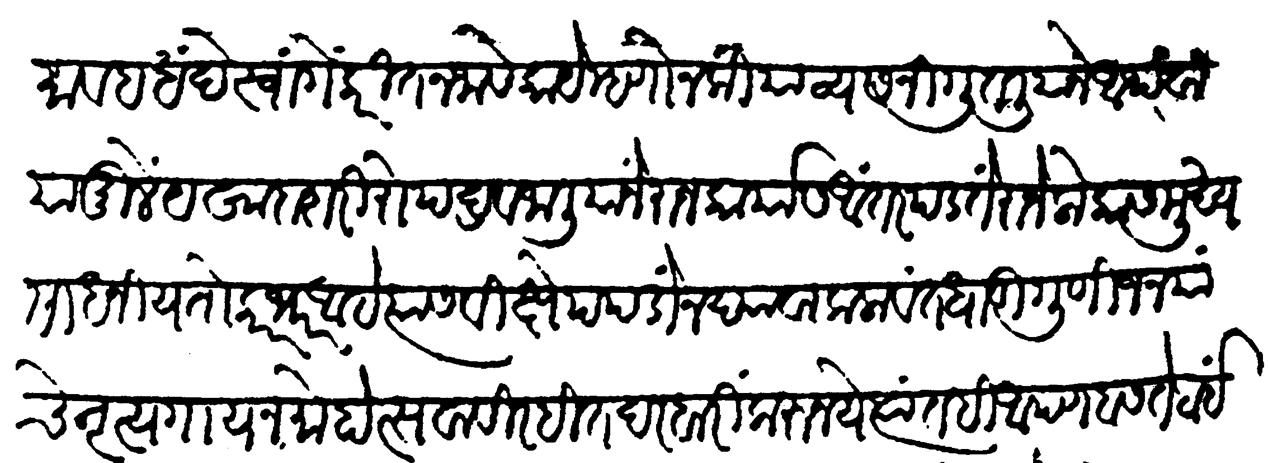
Transliteration (Devanagari): श्रमाहव धंदे स्वांगे करीत नजावे काये म्हणोन की या व्यसनीं गुंतलियाने आथवा यामुळें येखादा शरीरोपद्रव जालियाने राजकार्यास आंतर पडतें राजे लोकांस मुख्य साधनीय तो कारभार आहे त्यास विक्षेप पडों न द्यावा कलावंत धाडी गुणिजन यांचे नृत्यगायन मोहोसवा विरहित दरबारीं करूं नये त्यांतहि आपण बसते ठाई